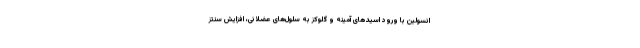
انسولین با ورود اسیدهای آمینه و گلوکز به سلول‌های عضلانی، افزایش سنتز